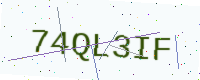
Text: 74QL3IF